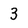
Character: 3